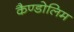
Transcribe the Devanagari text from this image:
कैण्डोलिम